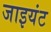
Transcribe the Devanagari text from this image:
जाइयंट